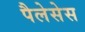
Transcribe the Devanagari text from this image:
पैलेसेस